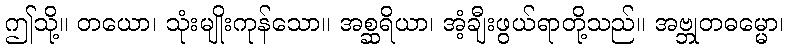
ဤသို့။ တယော၊ သုံးမျိုးကုန်သော။ အစ္ဆရိယာ၊ အံ့ချီးဖွယ်ရာတို့သည်။ အဗ္ဘုတဓမ္မော၊